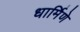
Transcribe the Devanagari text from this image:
धार्मिणे